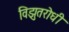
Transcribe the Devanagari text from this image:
विझुतरोधी